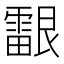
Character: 𬰉